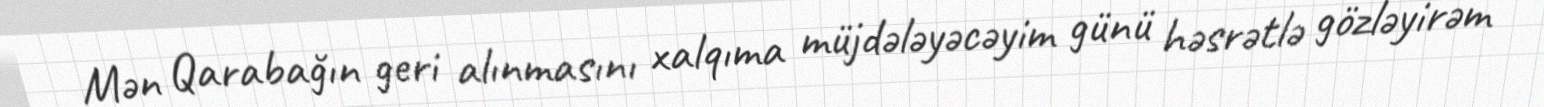
Mən Qarabağın geri alınmasını xalqıma müjdələyəcəyim günü həsrətlə gözləyirəm